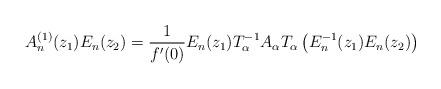
LaTeX: \begin{align*}A_n^{(1)}(z_1) E_n(z_2) = \frac{1}{f'(0)} E_n(z_1) T_\alpha^{-1} A_\alpha T_\alpha \left(E_n^{-1}(z_1) E_n(z_2)\right)\end{align*}